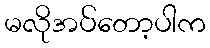
မလိုအပ်တော့ပါက